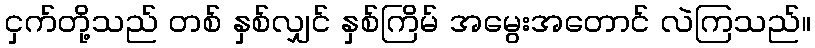
ငှက်တို့သည် တစ် နှစ်လျှင် နှစ်ကြိမ် အမွေးအတောင် လဲကြသည်။